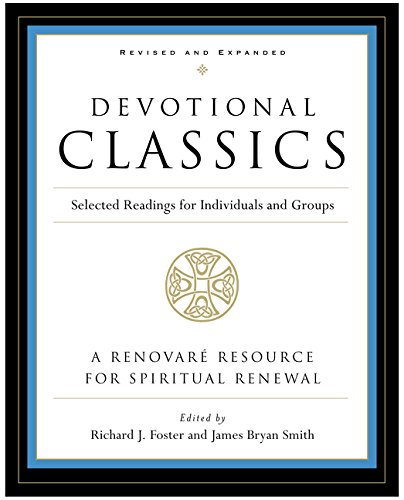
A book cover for Devotional Classics: Revised Edition: Selected Readings for Individuals and Groups; Zondervan; History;